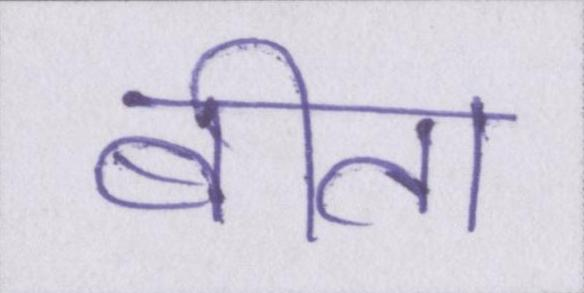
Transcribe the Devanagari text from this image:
बीता